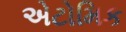
એટોમિક